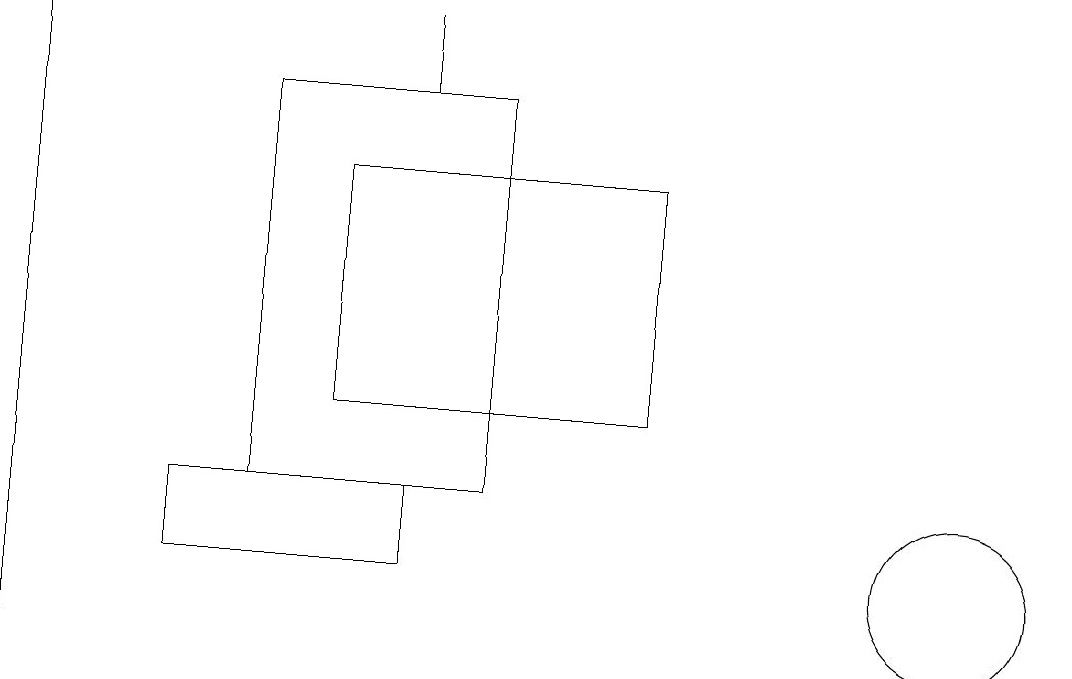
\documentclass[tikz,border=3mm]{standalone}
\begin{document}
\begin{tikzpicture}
\draw (12,11) circle (0);
\draw (3,13) rectangle (6,18);
\draw (5,18) rectangle (5,19);
\draw (8,14) rectangle (4,17);
\draw (12,12) circle (1);
\draw (0,19) rectangle (0,11);
\draw (5,12) rectangle (2,13);
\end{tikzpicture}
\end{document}